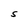
Character: S